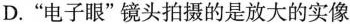
D.”电子眼”镜头拍摄的是放大的实像